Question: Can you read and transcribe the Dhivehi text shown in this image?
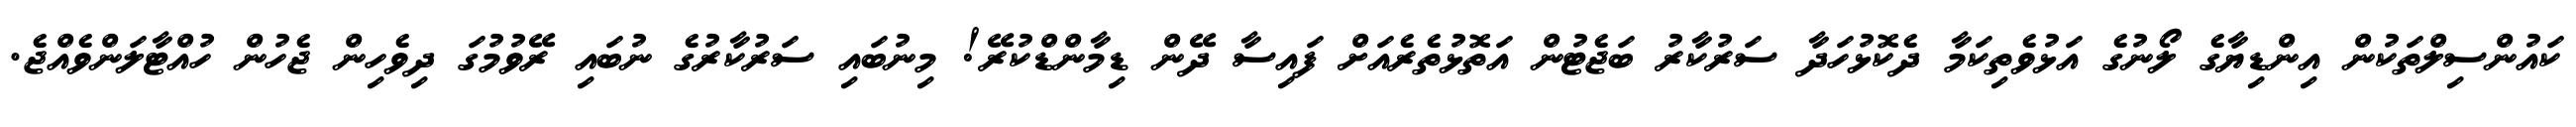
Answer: ކައުންސިލްތަކުން އިންޑިޔާގެ ލޯނުގެ އަޅުވެތިކަމާ ދެކޮޅުހަދާ ސަރުކާރު ބަޖެޓުން އަތޮޅުތެރެއަށް ފައިސާ ދޭން ޑިމާންޑްކުރޭ! މިނުބައި ސަރުކާރުގެ ނުބައި ރޭވުމުގަ ދިވެހިން ޖެހުން ހުއްޓާލަންވެއްޖެ.